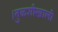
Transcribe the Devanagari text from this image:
।तुळशीखाली